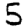
Digit: 5